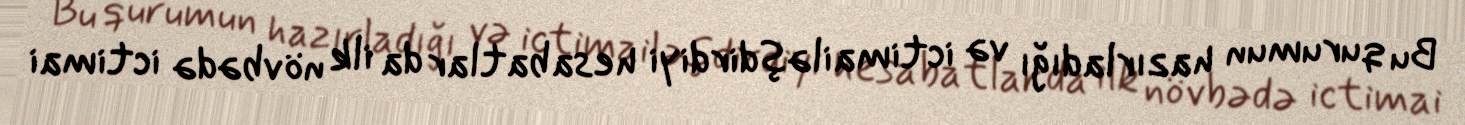
Bu qurumun hazırladığı və ictimailəşdirdiyi hesabatlar da ilk növbədə ictimai